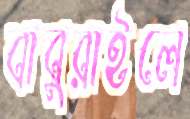
বাবুরাইলে